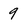
Character: 9